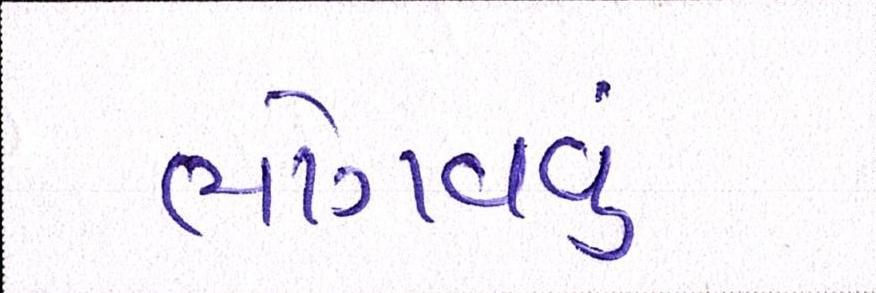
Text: ભોગવવું